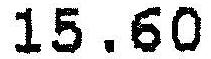
15.60